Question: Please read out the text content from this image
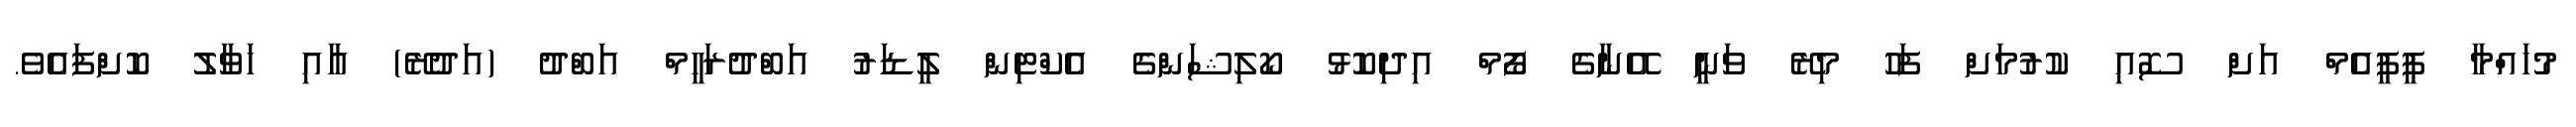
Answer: މުހައްމާ ޕީޕީއެމް އަށް ސޮއި ކުރުމަށް ފަހު މިރޭ ވަނީ އޭނާގެ ފޯމް އިދިކޮޅު ކޯލިޝަންގެ އެކްޓިން ލީޑަރު އަބްދުރަހީމް އަބްދު (އަދުރޭ) އާއި ހަވާލު ކޮށްފައެވެ.